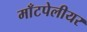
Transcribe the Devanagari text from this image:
माँटपेलीयर